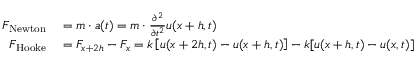
\begin{array} { r l } { F _ { \mathrm { { N e w t o n } } } } & { { } = m \cdot a ( t ) = m \cdot { \frac { \partial ^ { 2 } } { \partial t ^ { 2 } } } u ( x + h , t ) } \\ { F _ { \mathrm { { H o o k e } } } } & { { } = F _ { x + 2 h } - F _ { x } = k \left[ { u ( x + 2 h , t ) - u ( x + h , t ) } \right] - k [ u ( x + h , t ) - u ( x , t ) ] } \end{array}